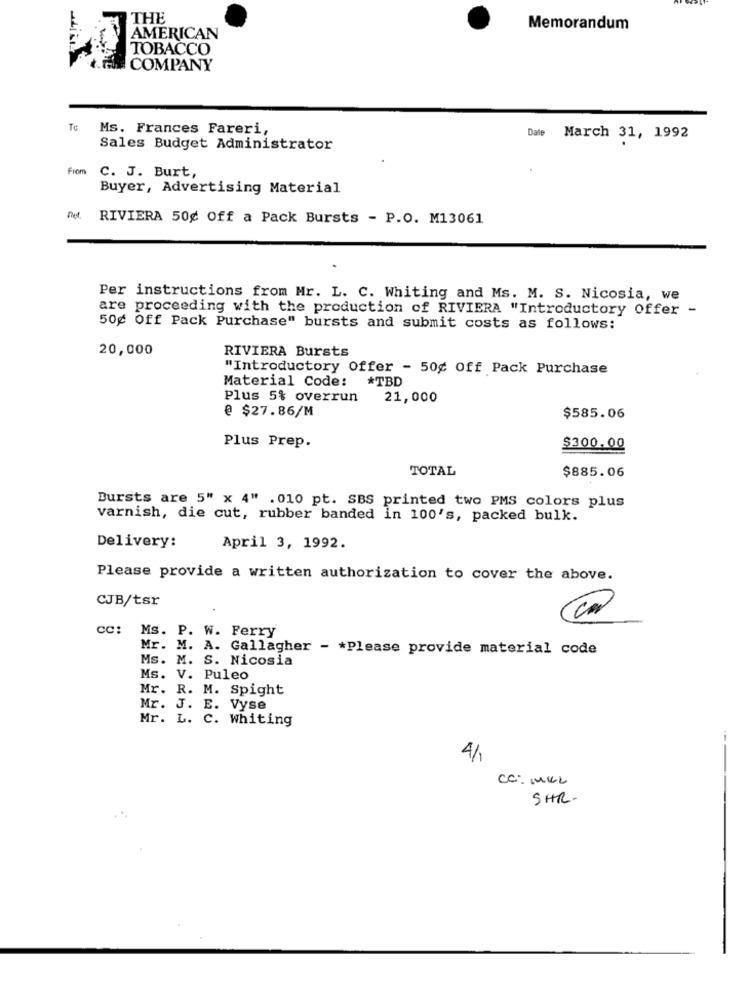
THE
Memorandum
AMERICAN
TOBACCO
COMPANY
Te
Ms. Frances Fareri,
Date
March 31, 1992
Sales Budget Administrator
From
C. J. Burt,
Buyer, Advertising Material
Det. RIVIERA 50¢ Off a Pack Bursts - P.O. M13061
Per instructions from Mr. L. C. Whiting and Ms. M. S. Nicosia, we
are proceeding with the production of RIVIERA "Introductory Offer -
50g Off Pack Purchase" bursts and submit costs as follows:
20,000
RIVIERA Bursts
"Introductory Offer - 50¢ Off Pack Purchase
Material Code:
*TBD
Plus 5% overrun
21,000
@ $27.86/M
$585.06
Plus Prep.
$300.00
TOTAL
$885.06
Bursts are 5" x 4" . 010 pt. SBS printed two PMS colors plus
varnish, die cut, rubber banded in 100's, packed bulk.
Delivery:
April 3, 1992.
Please provide a written authorization to cover the above.
CJB/tsr
cc: Ms. P. W. Ferry
Mr. M. A. Gallagher - * Please provide material code
Ms. M. S. Nicosia
Ms. V. Puleo
Mr. R. M. Spight
Mr. J. E. Vyse
Mr. L. C. Whiting
---
4/
CC: MILL
SHR.